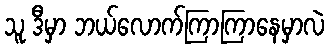
သူ ဒီမှာ ဘယ်လောက်ကြာကြာနေမှာလဲ